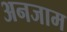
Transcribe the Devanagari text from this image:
अनजाम